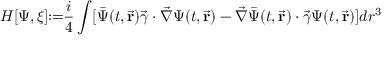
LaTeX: H [ \Psi , \xi ] \! \! : = \! \! \frac { i } { 4 } \int [ \bar { \Psi } ( t , \vec { \bf r } ) \vec { \gamma } \cdot \vec { \nabla } \Psi ( t , \vec { \bf r } ) - \vec { \nabla } \bar { \Psi } ( t , \vec { \bf r } ) \cdot \vec { \gamma } \Psi ( t , \vec { \bf r } ) ] d r ^ { 3 }